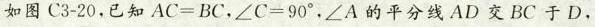
如图C3-20，已知$$A C = B C$$，$$∠ C = 9 0 °$$，∠A的平分线AD交BC于D，